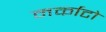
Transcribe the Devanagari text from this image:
मर्काटो